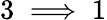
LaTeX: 3\implies 1